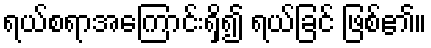
ရယ်စရာအကြောင်းရှိ၍ ရယ်ခြင် ဖြစ်၏။